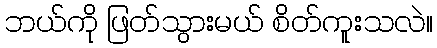
ဘယ်ကို ဖြတ်သွားမယ် စိတ်ကူးသလဲ။